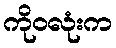
ကိုဝလုံးက